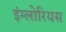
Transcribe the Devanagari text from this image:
इंग्लोरियस